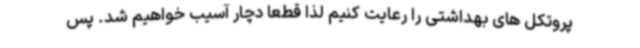
پروتکل های بهداشتی را رعایت کنیم لذا قطعا دچار آسیب خواهیم شد. پس